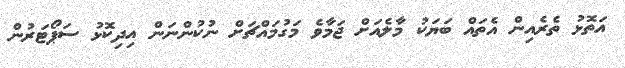
އަތޮޅު ތެރެއިން އެތައް ބަޔަކު މާލެއަށް ޖަމާވެ މަގުމައްޗަށް ނުކުންނަން އިދިކޮޅު ސަޕޯޓަރުން